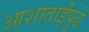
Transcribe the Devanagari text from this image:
आशाताईंपुढे